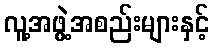
လူ့အဖွဲ့အစည်းများနှင့်